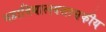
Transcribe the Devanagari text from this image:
महाविद्यालयशासकीय